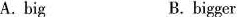
A. big B.bigger